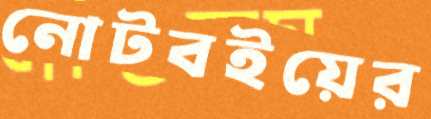
নোটবইয়ের